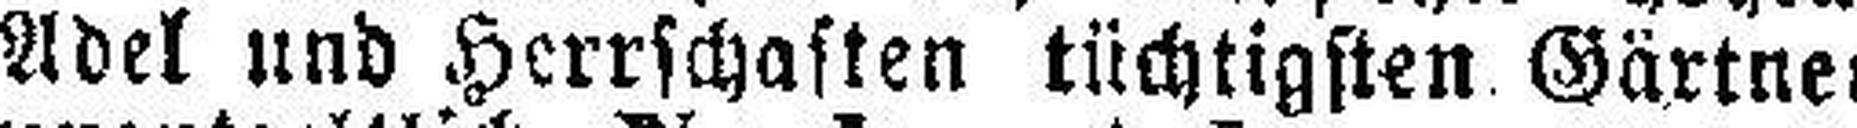
Adel und Herrschaften tüchtigsten Gärtner